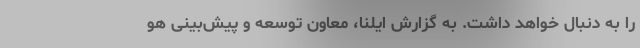
را به دنبال خواهد داشت. به گزارش ایلنا، معاون توسعه و پیش‌بینی هو